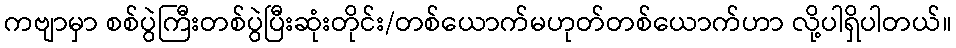
ကဗျာမှာ စစ်ပွဲကြီးတစ်ပွဲပြီးဆုံးတိုင်း/တစ်ယောက်မဟုတ်တစ်ယောက်ဟာ လို့ပါရှိပါတယ်။